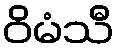
ဝိမံသီ